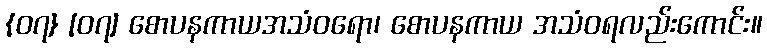
{၀၇} [၀၇] စောပနကာယအသံဝရော၊ စောပနကာယ အသံဝရလည်းကောင်း။